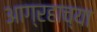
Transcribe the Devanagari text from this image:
आग्रहाच्या